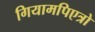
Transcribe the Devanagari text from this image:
गियामपिएत्रो